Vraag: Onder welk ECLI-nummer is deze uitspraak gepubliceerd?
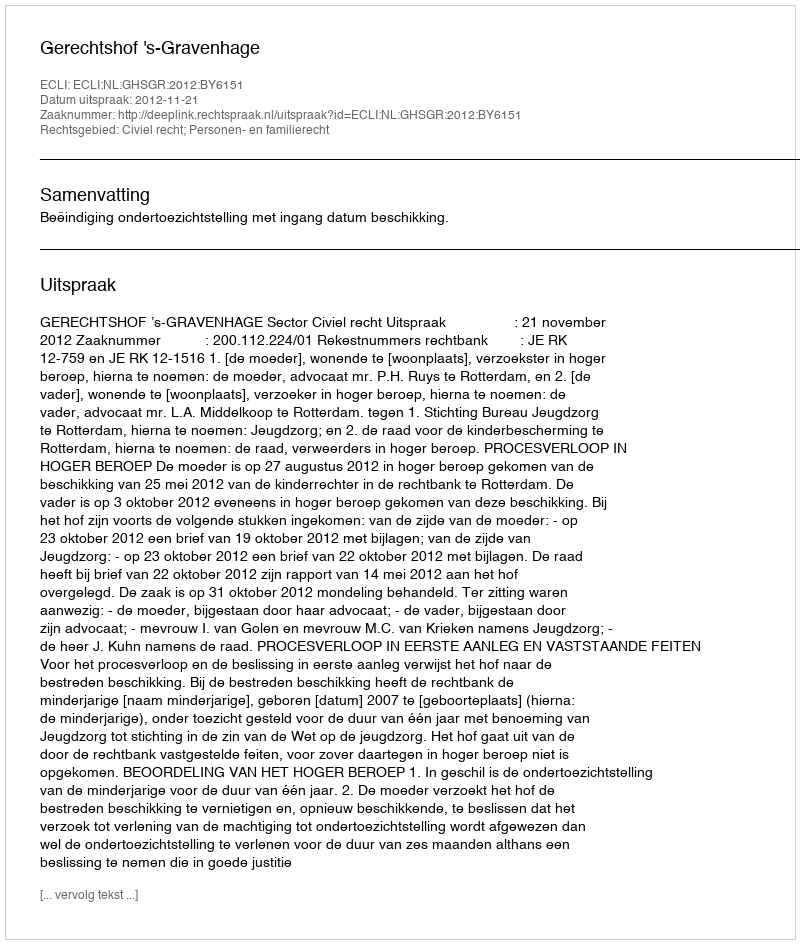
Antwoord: ECLI:NL:GHSGR:2012:BY6151